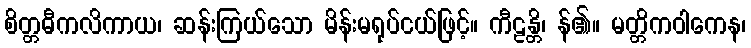
စိတ္တဓီကလိကာယ၊ ဆန်းကြယ်သော မိန်းမရုပ်ငယ်ဖြင့်။ ကီဠန္တိ၊ န်၏။ မတ္တိကဝါကေန၊